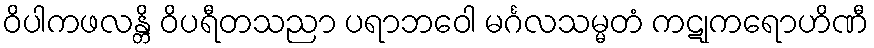
ဝိပါကဖလန္တိ ဝိပရီတသညာ ပရာဘဝေါ မင်္ဂလသမ္မတံ ကဋုကရောဟိဏီ